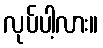
လုပ်ပါ့လား။